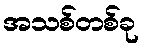
အသစ်တစ်ခု